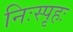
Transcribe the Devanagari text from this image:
निःस्पृहः